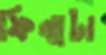
ফিল্মটা